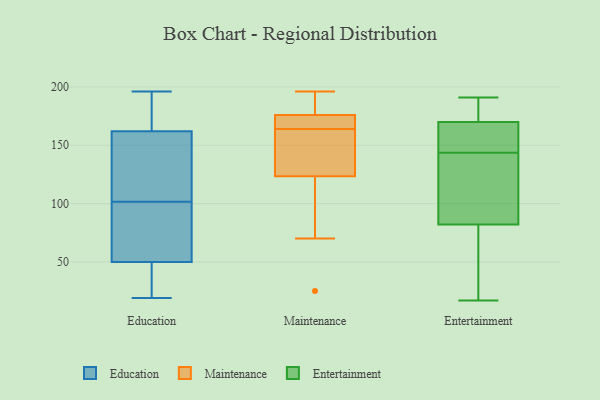
{"axis": {"x": "Gross Profit (USD K)", "y": "Value"}, "legend": ["Education", "Entertainment", "Maintenance"], "data": [{"x": "", "y": 42, "type": "Education"}, {"x": "", "y": 27, "type": "Education"}, {"x": "", "y": 50, "type": "Education"}, {"x": "", "y": 19, "type": "Education"}, {"x": "", "y": 127, "type": "Education"}, {"x": "", "y": 183, "type": "Education"}, {"x": "", "y": 162, "type": "Education"}, {"x": "", "y": 128, "type": "Education"}, {"x": "", "y": 169, "type": "Education"}, {"x": "", "y": 176, "type": "Education"}, {"x": "", "y": 93, "type": "Education"}, {"x": "", "y": 72, "type": "Education"}, {"x": "", "y": 196, "type": "Education"}, {"x": "", "y": 28, "type": "Education"}, {"x": "", "y": 110, "type": "Education"}, {"x": "", "y": 68, "type": "Education"}, {"x": "", "y": 146, "type": "Education"}, {"x": "", "y": 55, "type": "Education"}, {"x": "", "y": 196, "type": "Maintenance"}, {"x": "", "y": 117, "type": "Maintenance"}, {"x": "", "y": 163, "type": "Maintenance"}, {"x": "", "y": 170, "type": "Maintenance"}, {"x": "", "y": 165, "type": "Maintenance"}, {"x": "", "y": 168, "type": "Maintenance"}, {"x": "", "y": 188, "type": "Maintenance"}, {"x": "", "y": 130, "type": "Maintenance"}, {"x": "", "y": 139, "type": "Maintenance"}, {"x": "", "y": 25, "type": "Maintenance"}, {"x": "", "y": 70, "type": "Maintenance"}, {"x": "", "y": 182, "type": "Maintenance"}, {"x": "", "y": 161, "type": "Entertainment"}, {"x": "", "y": 170, "type": "Entertainment"}, {"x": "", "y": 191, "type": "Entertainment"}, {"x": "", "y": 137, "type": "Entertainment"}, {"x": "", "y": 134, "type": "Entertainment"}, {"x": "", "y": 17, "type": "Entertainment"}, {"x": "", "y": 82, "type": "Entertainment"}, {"x": "", "y": 177, "type": "Entertainment"}, {"x": "", "y": 33, "type": "Entertainment"}, {"x": "", "y": 150, "type": "Entertainment"}]}